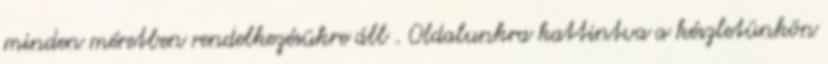
minden méretben rendelkezésükre áll . Oldalunkra kattintva a készletünkön